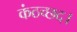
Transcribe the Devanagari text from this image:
कंठच्छद।